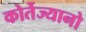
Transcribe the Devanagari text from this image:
कोर्तेज्यानो